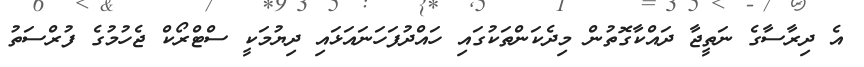
އެ ދިރާސާގެ ނަތީޖާ ދައްކާގޮތުން މިދެކަންތަކުގައި ހައްދުފަހަނައަޅައި ދިޔުމަކީ ސްޓްރޯކް ޖެހުމުގެ ފުރްސަތު